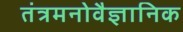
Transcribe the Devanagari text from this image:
तंत्रमनोवैज्ञानिक